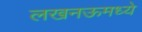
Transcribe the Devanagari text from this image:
लखनऊमध्ये